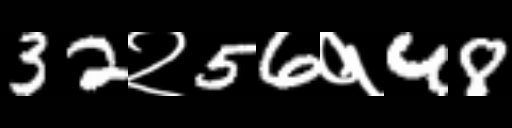
Text: 32२56१48